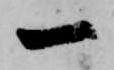
一